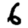
Digit: 6